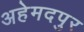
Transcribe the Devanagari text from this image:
अहेमदपुर